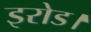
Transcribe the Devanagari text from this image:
इरोड।